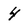
Character: 4